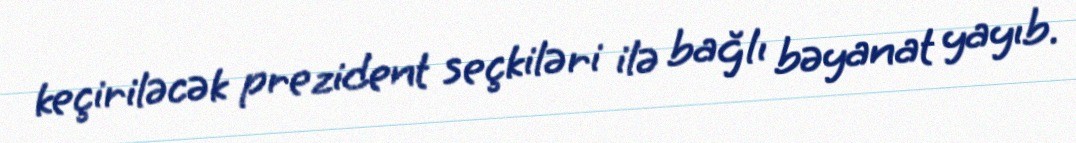
keçiriləcək prezident seçkiləri ilə bağlı bəyanat yayıb.